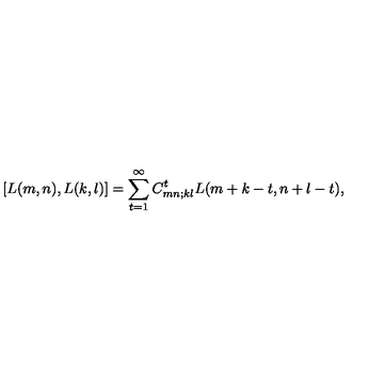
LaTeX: \left[ L ( m , n ) , L ( k , l ) \right] = \sum _ { t = 1 } ^ { \infty } C _ { m n ; k l } ^ { t } L ( m + k - t , n + l - t ) ,